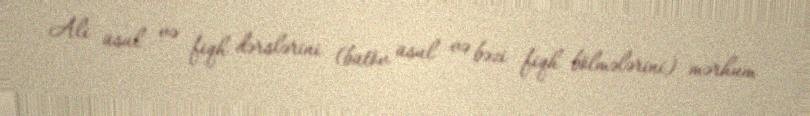
Ali üsul və fiqh dərslərini (bütöv üsul və bəzi fiqh bölmələrini) mərhum